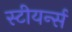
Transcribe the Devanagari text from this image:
स्टीयर्न्स